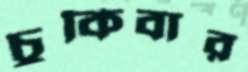
চুকিবার